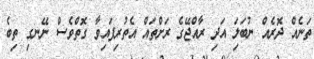
ތަނެއް ދޮރެއް ނުބަލަި އަދި ރާއްޖޭގެ ރަށްތައް އެތުރިފައިވާ ގޮތްވެސް ނޭނގި ތިބެ